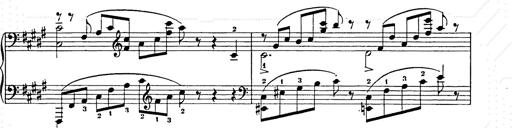
Title: Ballade No.2
Composer: Jan Skrzydlewski
Key: B minor